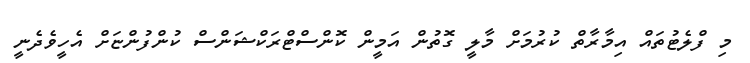
މި ފްލެޓުތައް އިމާރާތް ކުރުމަށް މާލީ ގޮތުން އަމީން ކޮންސްޓްރަކްޝަންސް ކުންފުންޏަށް އެހީވެދެނީ